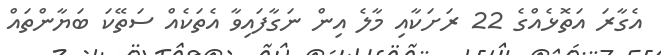
އެގާރަ އަތޮޅެއްގެ 22 ރަށަކާއި މާލެ އިން ނަގާފައިވާ އެތަކެއް ސަތޭކަ ބަޔާންތައް